Theory and practice of anti-rabic immunisation - Number 30
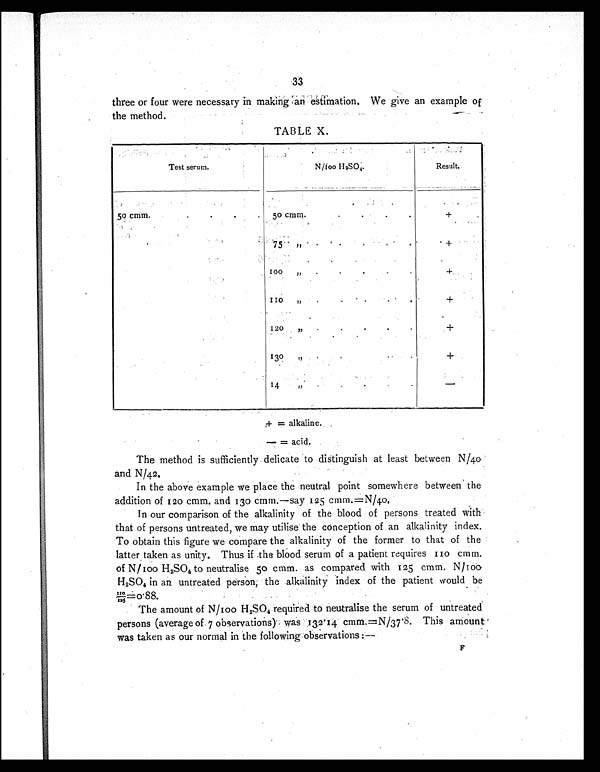
33
three or four were necessary in making an estimation. We give an example of
the method.
TABLE X.
Test serum.
N/100 H 2 SO 4 .
Result.
5o cmm..
50 cmm.
. . . .
+
75 ,,
. . . .
+
1 0 0 , , . . .
+
1 1 0
, ,
. . .
+
120
,,
..
.
.
+
130
,,
.
+
14
,,
. . .
–
The method is sufficiently delicate to distinguish at least between N/40
and N/42.
In the above example we place the neutral point somewhere between the
addition of 120 cmm. and 130 cmm.—say 125 cmm.=N/40.
In our comparison of the alkalinity of the blood of persons treated with
that of persons untreated, we may utilise the conception of an alkalinity index.
To obtain this figure we compare the alkalinity of the former to that of the
latter taken as unity. Thus if the blood serum of a patient requires 110 cmm.
of N/100 H 2 SO4 to neutralise 50 cmm. as compared with 125 cmm. N/100
H2SO4 in an untreated person, the alkalinity index of the patient would be
1 1 0 / 1 2 5 = 0 . 8 8
The amount of N/100 H 2SO4 required to neutralise the serum of untreated
persons (average of 7 observations) was 132.14
cmm.=N/37.8. This amount
was taken as our normal in the following observations:—
F